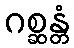
ဂစ္ဆန္တံ